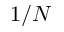
1 / N